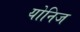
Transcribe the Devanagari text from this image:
योनिज